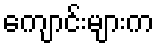
ကျောင်းများက